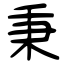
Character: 秉